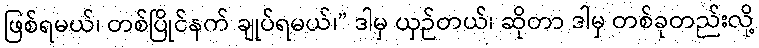
ဖြစ်ရမယ်၊ တစ်ပြိုင်နက် ချုပ်ရမယ်၊” ဒါမှ ယှဉ်တယ်၊ ဆိုတာ ဒါမှ တစ်ခုတည်းလို့